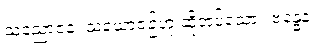
သညောဇနံ၊ သံယောဇဉ်ဟု ဆိုအပ်သော။ ဗန္ဓေနံ၊